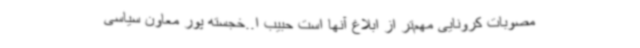
مصوبات کرونایی مهم‌تر از ابلاغ آنها است حبیب ا..خجسته پور معاون سیاسی